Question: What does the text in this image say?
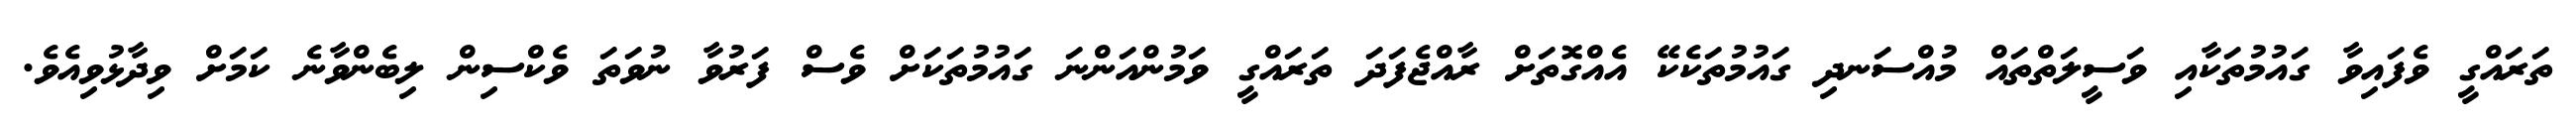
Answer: ތަރައްގީ ވެފައިވާ ގައުމުތަކާއި ވަސީލަތްތައް މުއްސަނދި ގައުމުތަކެކޭ އެއްގޮތަށް ރާއްޖެފަދަ ތަރައްގީ ވަމުންއަންނަ ގައުމުތަކަށް ވެސް ފަރުވާ ނުވަތަ ވެކްސިން ލިބެންވާނެ ކަމަށް ވިދާޅުވިއެވެ.